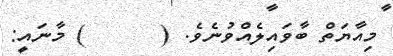
މިއާޔަތް ބާވައިލެއްވުނެވެ. (      ) މާނައީ: